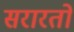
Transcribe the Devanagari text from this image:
सरारतों